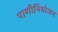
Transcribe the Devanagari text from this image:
पाणीनियोजन